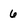
Character: 6